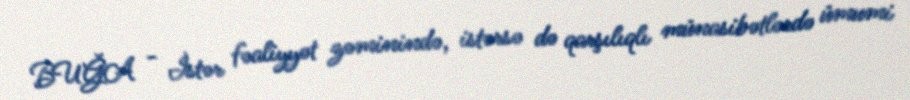
BUĞA - İstər fəaliyyət zəminində, istərsə də qarşılıqlı münasibətlərdə ümumi